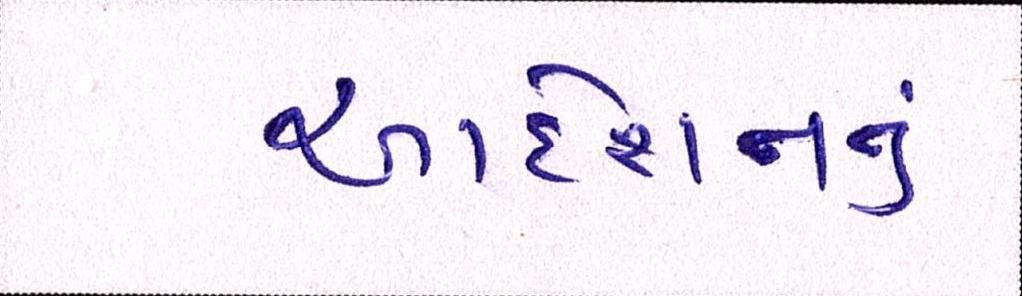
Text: આદેશનનું